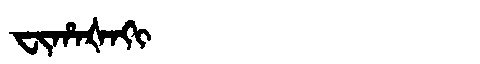
Manchu: ᠸᡳᡥᠠᡧᠠᡴᡳ
Romanization: FIHAŠAKI